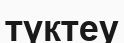
түктеу